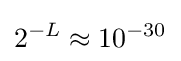
2^{-L}\approx 10^{-30}